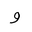
Letter: _waw